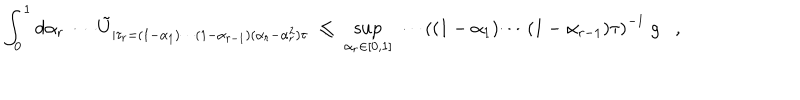
LaTeX: \int _ { 0 } ^ { 1 } d \alpha _ { r } \; \cdots \tilde { U } _ { | \tau _ { r } = ( 1 - \alpha _ { 1 } ) \cdots ( 1 - \alpha _ { r - 1 } ) ( \alpha _ { r } - \alpha _ { r } ^ { 2 } ) \tau } \; \leq \; \sup _ { \alpha _ { r } \in [ 0 , 1 ] } \; \cdots \left( ( 1 - \alpha _ { 1 } ) \cdots ( 1 - \alpha _ { r - 1 } ) \tau \right) ^ { - 1 } \; g ,